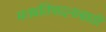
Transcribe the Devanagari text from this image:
मतप्रतिपादनासाठी